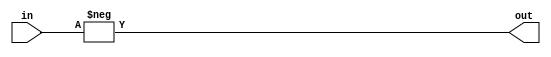
`default_nettype none

module byte_negate(
    input   [7:0]  in,

    output  [7:0]  out
    );

    assign out = -in;

endmodule